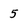
Character: 5